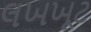
લખખૂટ